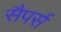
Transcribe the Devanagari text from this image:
सैपर्स